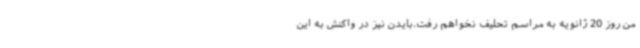
من روز 20 ژانویه به مراسم تحلیف نخواهم رفت.بایدن نیز در واکنش به این